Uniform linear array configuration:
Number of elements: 64
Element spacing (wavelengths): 0.25
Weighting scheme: exponential
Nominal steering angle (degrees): -60
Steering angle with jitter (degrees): -58.858
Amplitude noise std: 0.05
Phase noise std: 0.05

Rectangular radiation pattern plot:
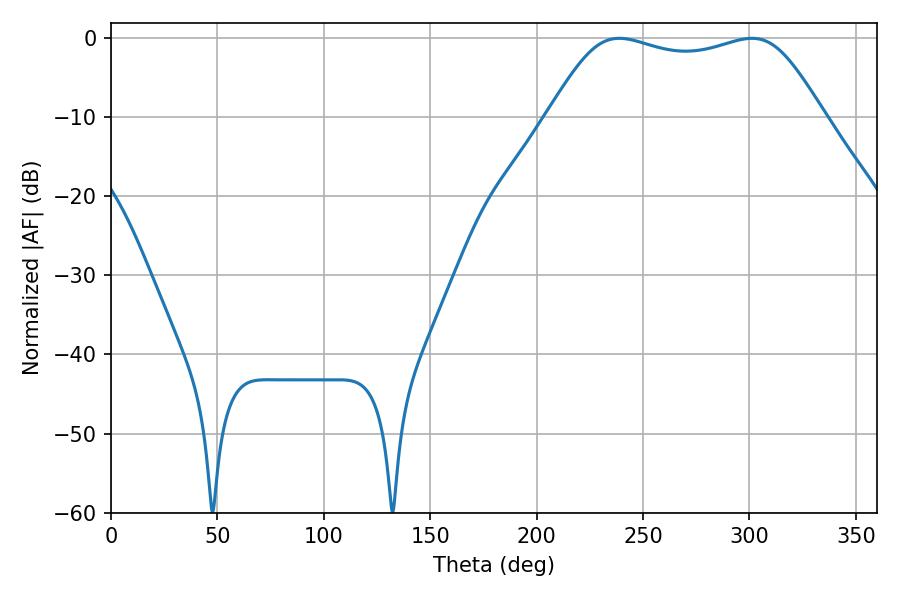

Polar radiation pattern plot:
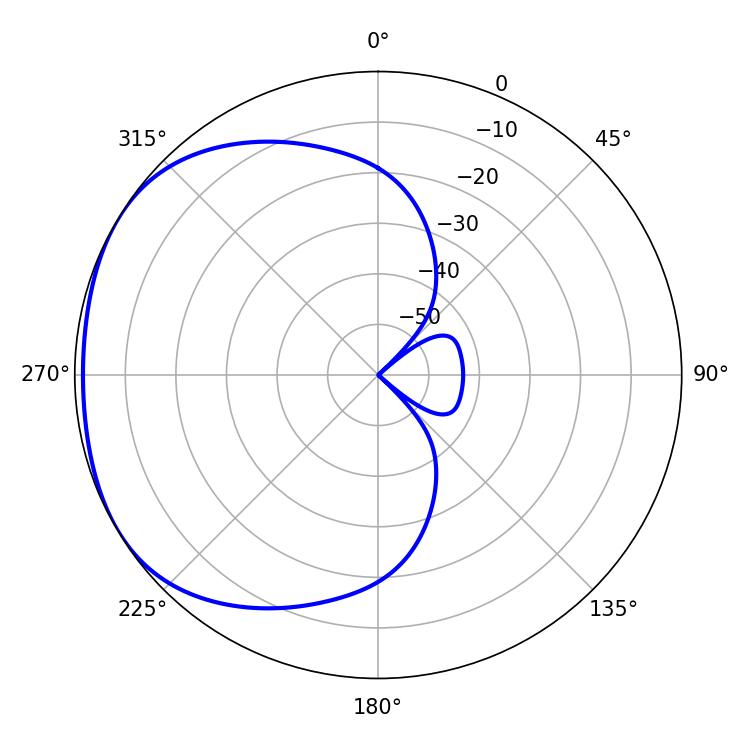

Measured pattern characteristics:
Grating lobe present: FALSE
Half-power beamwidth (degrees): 98.64
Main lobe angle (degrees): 238.86